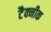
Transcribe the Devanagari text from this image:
टैक्नीक